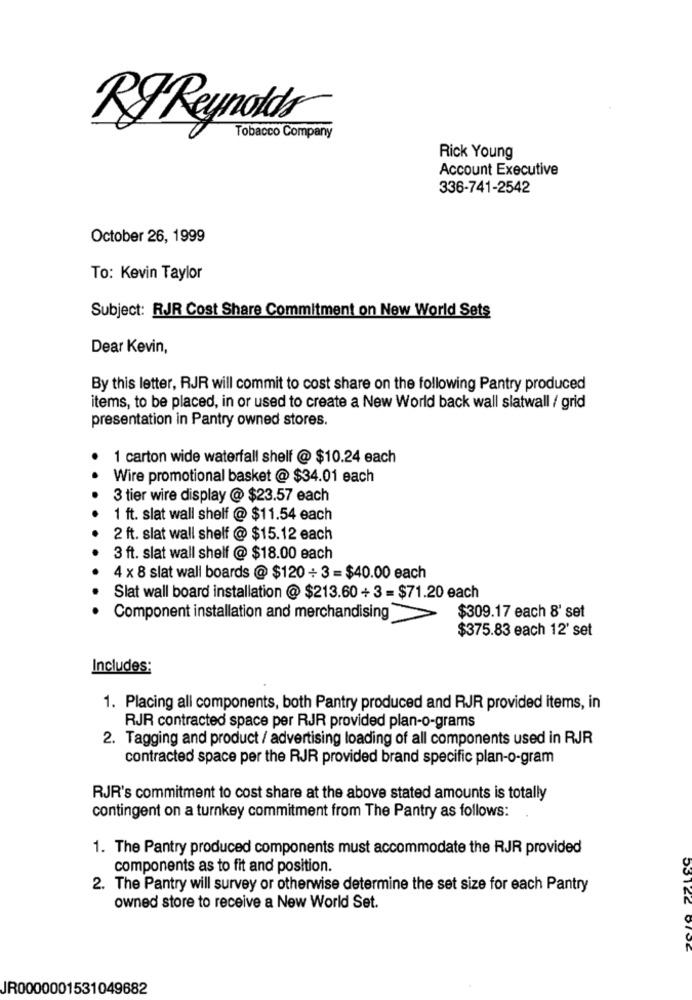
Tobacco Company
Rick Young
Account Executive
336-741-2542
October 26, 1999
To: Kevin Taylor
Subject: RJR Cost Share Commitment on New World Sets
Dear Kevin,
By this letter, RJR will commit to cost share on the following Pantry produced
items, to be placed, in or used to create a New World back wall slatwall / grid
presentation in Pantry owned stores.
1 carton wide waterfall shelf @ $10.24 each
Wire promotional basket @ $34.01 each
3 tier wire display @ $23.57 each
1 ft. slat wall shelf @ $11.54 each
2 ft. slat wall shelf @ $15.12 each
3 ft. slat wall shelf @ $18.00 each
4 x 8 slat wall boards @ $120 + 3 =$40.00 each
Slat wall board installation @ $213.60 + 3 = $71.20 each
Component installation and merchandising
$309.17 each 8' set
$375.83 each 12' set
Includes:
1. Placing all components, both Pantry produced and RJR provided items, in
RJR contracted space per RJR provided plan-o-grams
2. Tagging and product / advertising loading of all components used in RJR
contracted space per the RJR provided brand specific plan-o-gram
RJR's commitment to cost share at the above stated amounts is totally
contingent on a turnkey commitment from The Pantry as follows:
1. The Pantry produced components must accommodate the RJR provided
components as to fit and position.
2. The Pantry will survey or otherwise determine the set size for each Pantry
53122
owned store to receive a New World Set.
JR0000001531049682